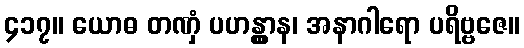
၄၁၇။ ယောဓ တဏှံ ပဟန္တွာန၊ အနာဂါရော ပရိဗ္ဗဇေ။